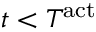
t < T ^ { \mathrm { { a c t } } }